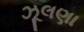
ઝૂલણા